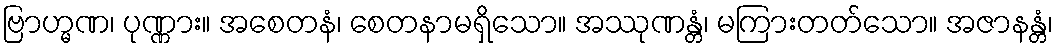
ဗြာဟ္မဏ၊ ပုဏ္ဏား။ အစေတနံ၊ စေတနာမရှိသော။ အဿုဏန္တံ၊ မကြားတတ်သော။ အဇာနန္တံ၊